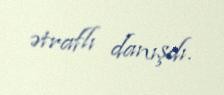
ətraflı danışdı.